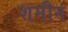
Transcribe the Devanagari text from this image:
शमीन